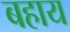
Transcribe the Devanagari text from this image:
बहाय